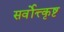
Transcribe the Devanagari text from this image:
सर्वोत्त्कृष्ट